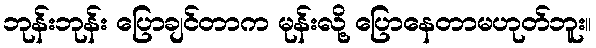
ဘုန်းဘုန်း ပြောချင်တာက မုန်းလို့ ပြောနေတာမဟုတ်ဘူး။